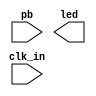
`timescale 1ns / 1ps
//////////////////////////////////////////////////////////////////////////////////
// Company: 
// Engineer: 
// 
// Design Name: 
// Module Name: Pushbutton
// Project Name: 
// Target Devices: 
// Tool Versions: 
// Description: 
// 
// Dependencies: 
// 
// Revision:
// Revision 0.01 - File Created
// Additional Comments:
// 
//////////////////////////////////////////////////////////////////////////////////


module Pushbutton(
    input pb,
    input clk_in,
    output led
    );
endmodule